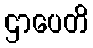
ဌာပေတိ